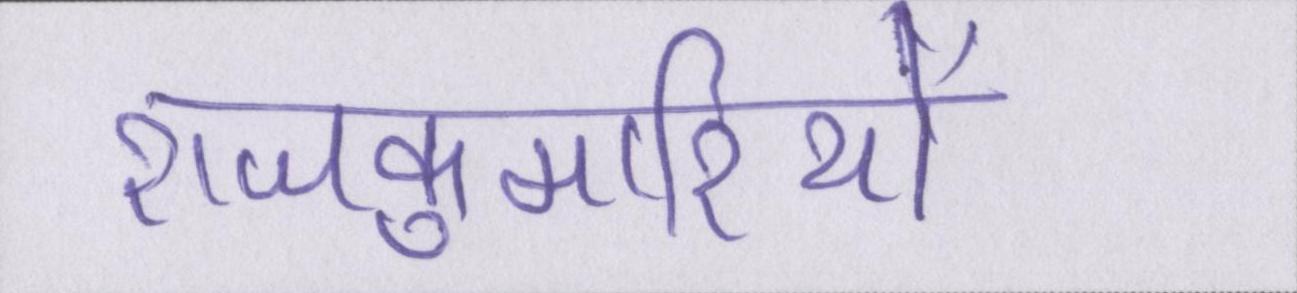
राजकुमारियों